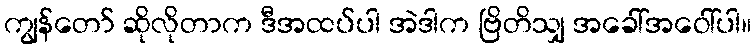
ကျွန်တော် ဆိုလိုတာက ဒီအထပ်ပါ အဲဒါက ဗြိတိသျှ အခေါ်အဝေါ်ပါ။